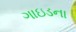
ગાઇડના